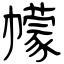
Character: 幪